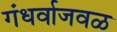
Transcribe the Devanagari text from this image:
गंधर्वाजवळ